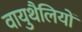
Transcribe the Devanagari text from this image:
वायुथैलियों